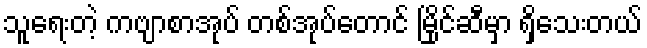
သူရေးတဲ့ ကဗျာစာအုပ် တစ်အုပ်တောင် မြိုင်ဆီမှာ ရှိသေးတယ်